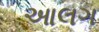
આલગ